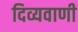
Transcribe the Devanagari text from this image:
दिव्यवाणी